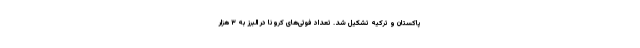
پاکستان و ترکیه تشکیل شد. تعداد فوتی‌های کرونا در البرز به ۳ هزار